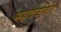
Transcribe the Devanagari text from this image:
महादेवगिरि